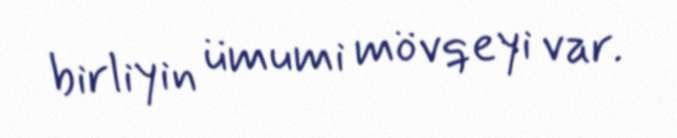
birliyin ümumi mövqeyi var.